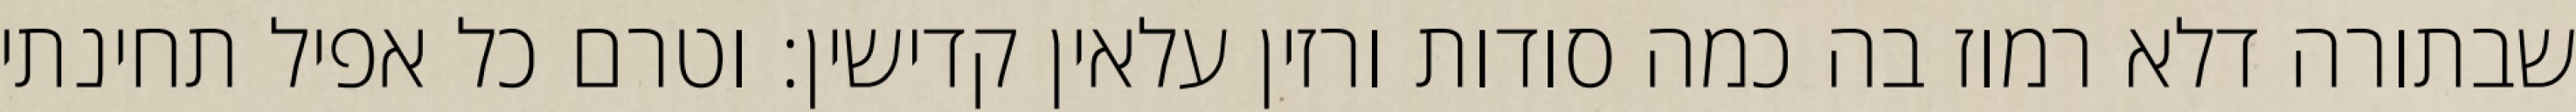
שבתורה דלא רמוז בה כמה סודות ורזין עלאין קדישין: וטרם כל אפיל תחינתי